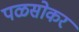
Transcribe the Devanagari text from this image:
पळसोकर